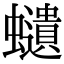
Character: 𧔥